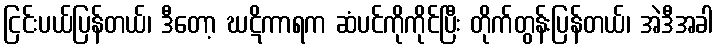
ငြင်းပယ်ပြန်တယ်၊ ဒီတော့ ဃဋိကာရက ဆံပင်ကိုကိုင်ပြီး တိုက်တွန်းပြန်တယ်၊ အဲဒီအခါ